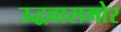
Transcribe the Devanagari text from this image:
उद्धवासमोर